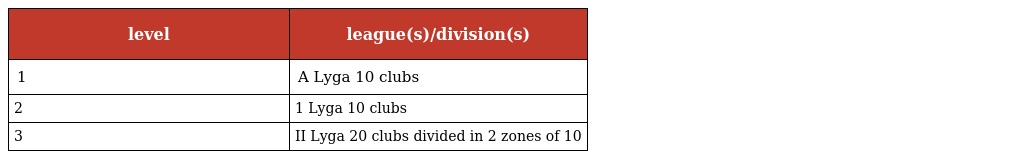
| level | league(s)/division(s) |
 | --- | --- |
 | 1 | A Lyga 10 clubs |
 | 2 | 1 Lyga 10 clubs |
 | 3 | II Lyga 20 clubs divided in 2 zones of 10 |